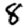
Digit: 8